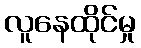
လူနေထိုင်မှု